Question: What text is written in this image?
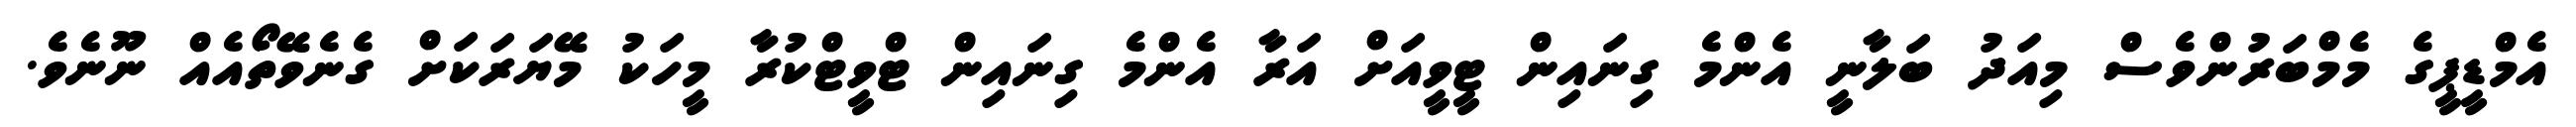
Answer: އެމްޑީޕީގެ މެމްބަރުންވެސް މިއަދު ބަލާނީ އެންމެ ގިނައިން ޓީވީއަށް އަރާ އެންމެ ގިނައިން ޓްވީޓްކުރާ މީހަކު މޭޔަރަކަށް ގެނެވޭތޯއެއް ނޫނެވެ.